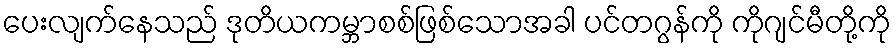
ပေးလျက်နေသည် ဒုတိယကမ္ဘာစစ်ဖြစ်သောအခါ ပင်တဂွန်ကို ကိုဂျင်မီတို့ကို